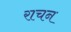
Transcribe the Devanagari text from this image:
राचन